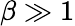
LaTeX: \beta\gg 1